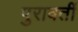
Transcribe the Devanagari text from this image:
पुरावर्ती